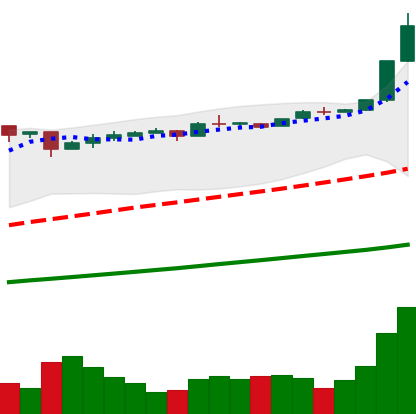
Ticker: BTC-USD
Chart end date: 2016-12-22
Forward return: 7.942%
Label: up_7plus